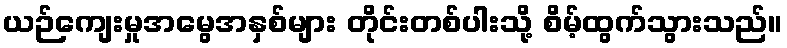
ယဉ်ကျေးမှုအမွေအနှစ်များ တိုင်းတစ်ပါးသို့ စိမ့်ထွက်သွားသည်။